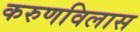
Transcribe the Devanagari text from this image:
करुणविलास